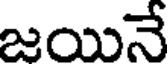
జయినే